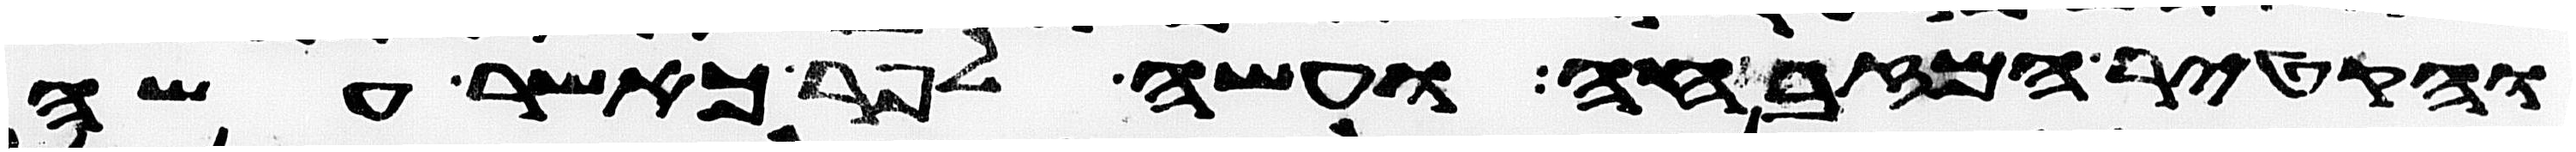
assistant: והקטיר המזבחה ועשה לפר כאשר עשה